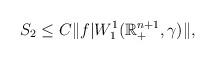
LaTeX: \begin{align*}S_{2} \le C \|f|W^{1}_{1}(\mathbb{R}^{n+1}_{+},\gamma)\|,\end{align*}